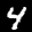
Label: 4